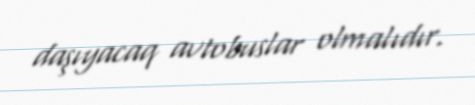
daşıyacaq avtobuslar olmalıdır.